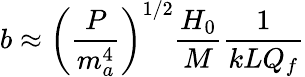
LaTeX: b\approx\left(\frac{P}{m_{a}^{4}}\right)^{1/2}\frac{H_{0}}{M}\frac{1}{kLQ_{f}}